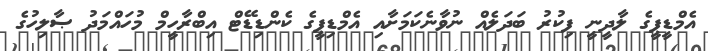
އެމްޑީޕީގެ ލާދީނީ ފިކުރު ބަދަލެއް ނުވާނެކަމަށާއި އެމްޑިޕީގެ ކެންޑިޑޭޓް އިބްރާހީމް މުހައްމަދު ޞާލިހުގެ